Lunatic asylums Punjab 1895-1910 - 1895-1910
Year: 1895
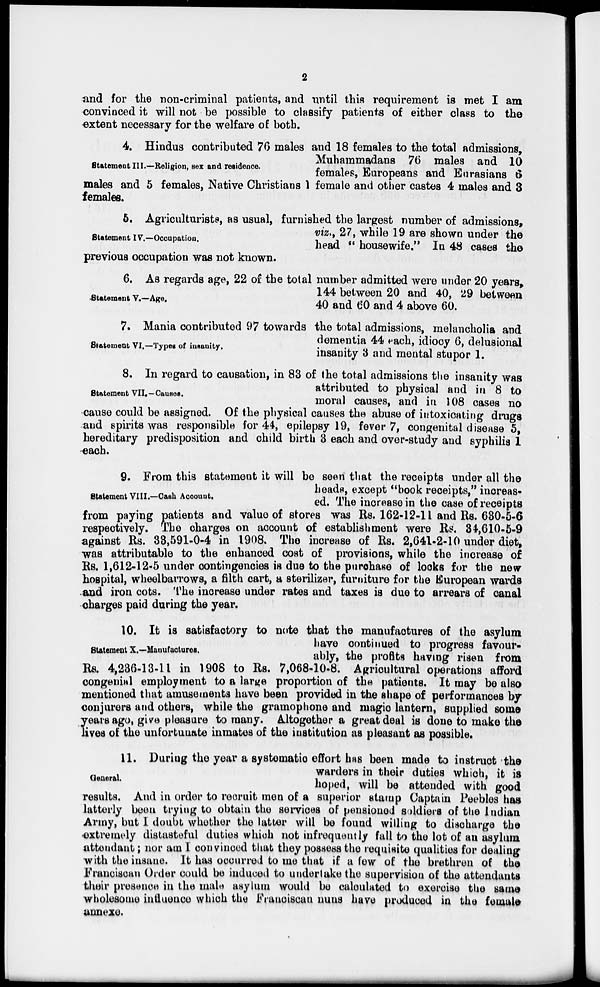
2
and for the non-criminal patients, and until this requirement is met I am
convinced it will not be possible to classify patients of either class to the
extent necessary for the welfare of both.
Statement III.—Religion, sex and residence.
4. Hindus contributed 76 males and 18 females to the total admissions,
Muhammadans 76 males and 10
females, Europeans and Eurasians 6
males and 5 females, Native Christians 1 female and other castes 4 males and 3
females.
Statement IV.—Occupation.
5. Agriculturists, as usual, furnished the largest number of admissions,
viz., 27, while 19 are shown under the
head " housewife." In 48 cases the
previous occupation was not known.
Statement V.—Age.
6. As regards age, 22 of the total number admitted were under 20 years,
144 between 20 and 40, 29 between
40 and 60 and 4 above 60.
Statement VI.—Types of insanity.
7. Mania contributed 97 towards the total admissions, melancholia and
dementia 44 each, idiocy 6, delusional
insanity 3 and mental stupor 1.
Statement VII.—Causes.
8. In regard to causation, in 83 of the total admissions the insanity was
attributed to physical and in 8 to
moral causes, and in 108 cases no
cause could be assigned. Of the physical causes the abuse of intoxicating drugs
and spirits was responsible for 44, epilepsy 19, fever 7, congenital disease 5,
hereditary predisposition and child birth 3 each and over-study and syphilis 1
each.
Statement VIII.—Cash Account.
9. From this statement it will be seen that the receipts under all the
heads, except "book receipts," increas-
ed. The increase in the case of receipts
from paying patients and value of stores was Rs. 162-12-11 and Rs. 630-5-6
respectively. The charges on account of establishment were Rs. 34,610-5-9
against Rs. 33,591-0-4 in 1908. The increase of Rs. 2,641-2-10 under diet,
was attributable to the enhanced cost of provisions, while the increase of
Rs. 1,612-12-5 under contingencies is due to the purchase of looks for the new
hospital, wheelbarrows, a filth cart, a sterilizer, furniture for the European wards
and iron cots. The increase under rates and taxes is due to arrears of canal
charges paid during the year.
Statement X.—Manufactures.
10. It is satisfactory to note that the manufactures of the asylum
have continued to progress favour-
ably, the profits having risen from
Rs. 4,236-13-11 in 1908 to Rs. 7,068-10-8. Agricultural operations afford
congenial employment to a large proportion of the patients. It may be also
mentioned that amusements have been provided in the shape of performances by
conjurers and others, while the gramophone and magic lantern, supplied some
y ears ago, give pleasure to many. Altogether a great deal is done to make the
lives of the unfortunate inmates of the institution as pleasant as possible.
General.
11. During the year a systematic effort has been made to instruct the
warders in their duties which, it is
hoped, will be attended with good
results. And in order to recruit men of a superior stamp Captain Peebles has
latterly been trying to obtain the services of pensioned soldiers of the Indian
Army, but I doubt whether the latter will be found willing to discharge the
extremely distasteful duties which not infrequently fall to the lot of an asylum
attendant; nor am I convinced that they possess the requisite qualities for dealing
with the insane. It has occurred to me that if a few of the brethren of the
Franciscan Order could be induced to undertake the supervision of the attendants
their presence in the male asylum would be calculated to exercise the same
wholesome influence which the Franciscan nuns have produced in the female
annexe.